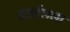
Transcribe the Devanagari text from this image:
स्टाईलला